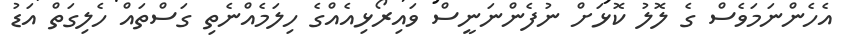
އެހެންނަމަވެސް ގެ ލޮލު ކޮޅަށް ނުފެންނަނީސް ވައިރޯޅިއެއްގެ ހިލަމެއްނެތި ގަސްތައް ހެލިގަތް އަޑު